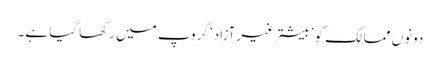
دونوں ممالک کو ’بیشترغیرآزاد‘ گروپ میں رکھا گیا ہے۔